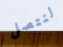
لنتصل